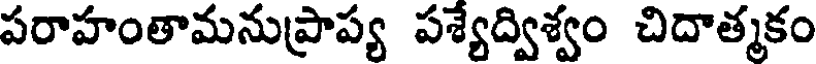
పరాహంతామనుప్రాప్య పశ్యేద్విశ్వం చిదాత్మకం